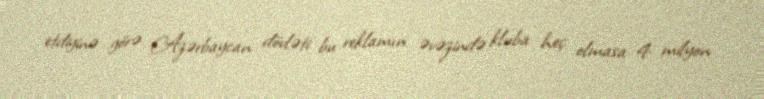
etdiyinə görə Azərbaycan dövləti bu reklamın əvəzində kluba heç olmasa 4 milyon